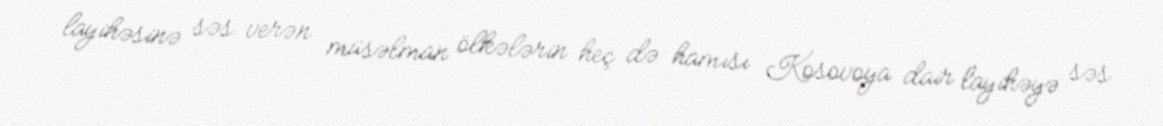
layihəsinə səs verən müsəlman ölkələrin heç də hamısı Kosovoya dair layihəyə səs